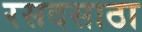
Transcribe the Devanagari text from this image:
रसदसाठा